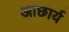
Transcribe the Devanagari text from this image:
आछार्य